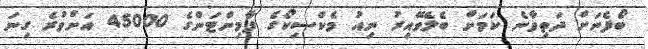
ބޯފެނަށް ދަތިވާނެ ކަމަށް ބެލެވޭއިރު ނިއު މެކްސިކޯގެ ފާމިންޓަންގެ 45000 އަށްވުރެ ގިނަ